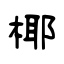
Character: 椰